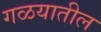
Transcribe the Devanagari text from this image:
गळयातील